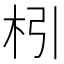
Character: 𣏖